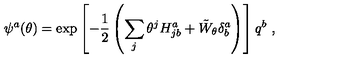
\psi ^ { a } ( \theta ) = \exp \left[ - \frac { 1 } { 2 } \left( \sum _ { j } \theta ^ { j } H _ { j b } ^ { a } + { \tilde { W } } _ { \theta } \delta _ { b } ^ { a } \right) \right] q ^ { b } \ ,